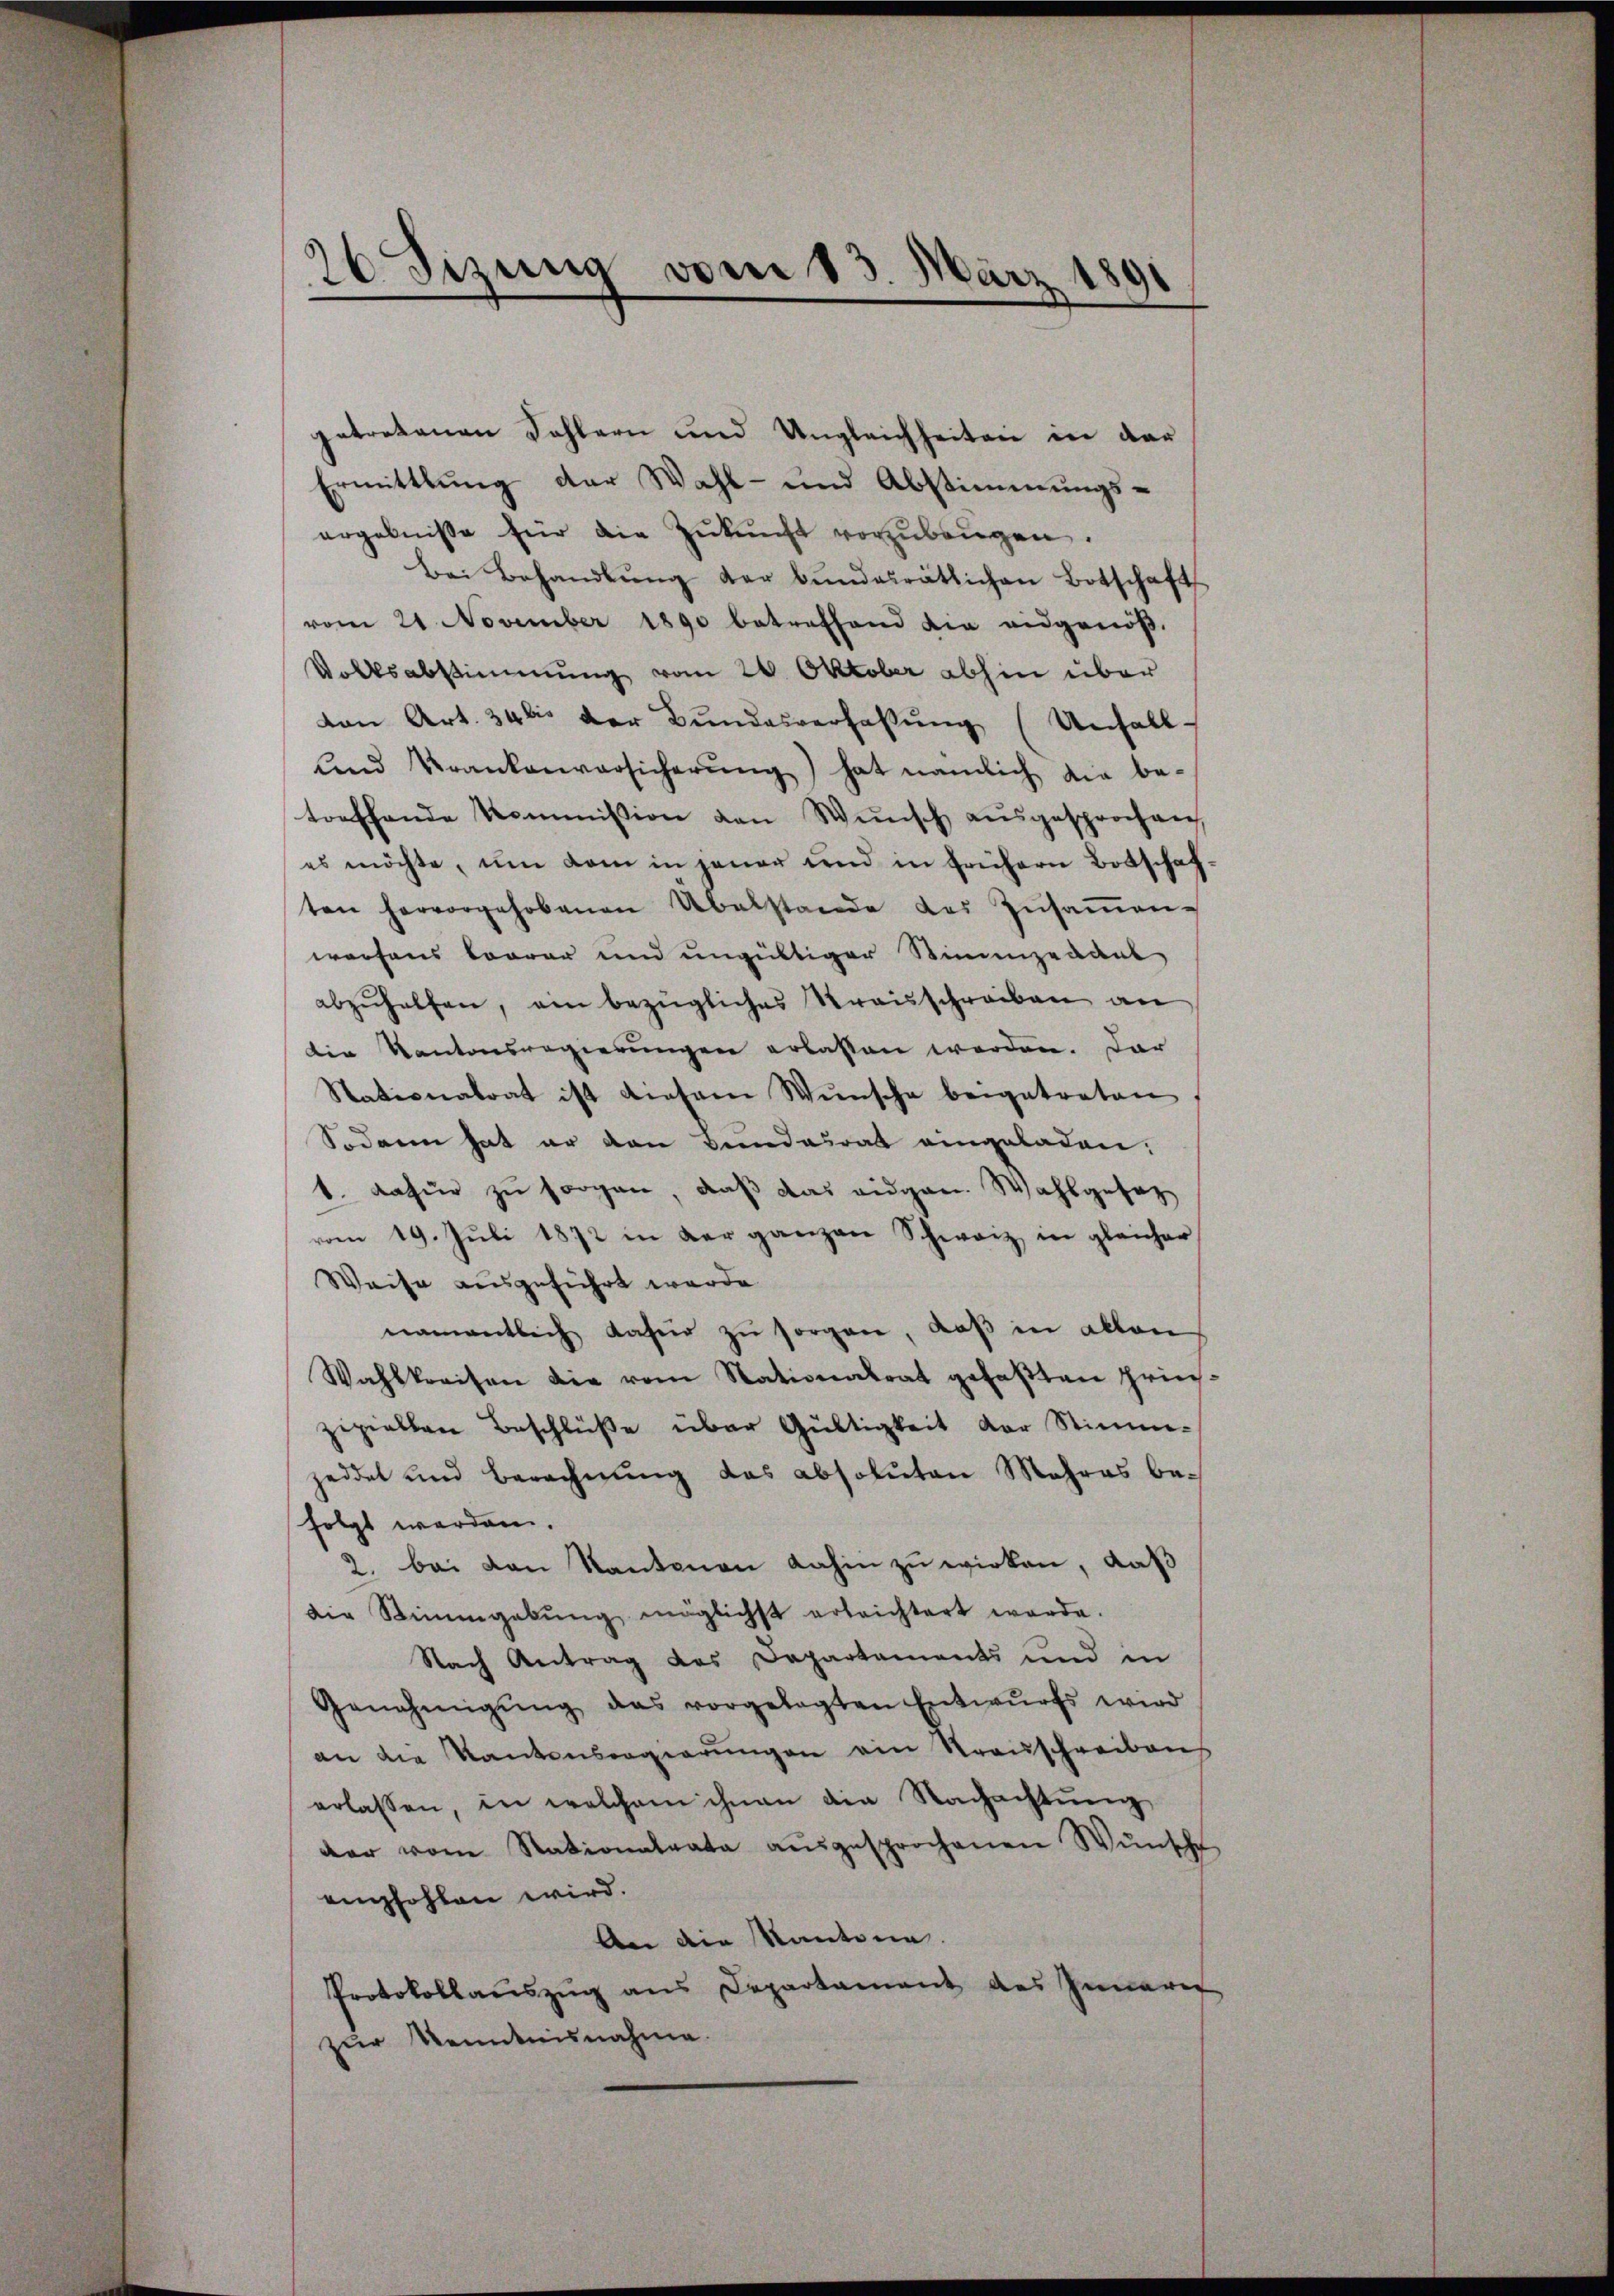
26 Sizung vom 13. März 1891

getretenen Sohlern und Ungleichheiten in dar
Ermittlung der Wahl- und Abstimmungsergebnisse für die Zŭkŭnft vorzubeugen.
Bei Behandlŭng der Bŭndesrätlichen Botschaft
vom 21. November 1890 betreffend die eidgenöß¬
Volksabstimmung vom 26. Oktober abhin über
von Art. 34 bis der Bundesverhaltung (Unfall
Land Krankenversicherŭng hat nämlich die be-
toeffende Kommission von Wünsch aŭsgesprochen,
es möchte, um dem in jener und in frühern Botschaf-
ten hervorgehobenen Übelstande des Zŭsaṁen-
worfens korrer und ungültiger Stimmzeddel
abzŭhalten, am bezügliches Kraisschreiben an
die Kantonsregierungen erlassen werden. Dar
Stationalrat ist diesem Wunsche beigetreten.
Sodann hat er den Bundesrat eingeladen:
1. datur zu sorgen, daß das eidgen. Wahlgesez
vom 19. Jŭli 1872 in der ganzen Schweiz in gleicher
Weise ausgeführt werde
namentlich Kaser zŭ sorgen, daβ in allen
Wahlkreisen die vom Stationalrat gefaβten pri-
zipiellen Beschlüße über Gültigkeit der Stimm-
jeddet und berechnung das absoluten Mehres befolgt werden.
2. bei von Kantonen dahin zu wirken, daß
die Stimmgebŭng möglichst erleichtert werde.
Nach Antrag des Departements und in
Genehmigŭng das vorgelegten Entwŭrfs wird
an die Kantonsregierŭngen ein Strauschreibens
erlassen, in welchem ihnen die Nachachtung
dar vom Stationalrata aŭsgesprochenen Wŭnsche
empfohlen wird.
An die Kantone.
Protokollauszug aus Departament des Innerer
zur Kenntnisnahme.